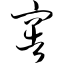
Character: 窖